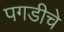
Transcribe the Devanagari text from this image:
पगडीचे